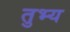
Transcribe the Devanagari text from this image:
तुभ्य